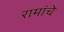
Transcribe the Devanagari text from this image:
रामांचे